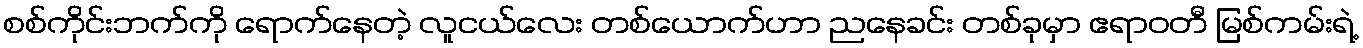
စစ်ကိုင်းဘက်ကို ရောက်နေတဲ့ လူငယ်လေး တစ်ယောက်ဟာ ညနေခင်း တစ်ခုမှာ ဧရာဝတီ မြစ်ကမ်းရဲ့